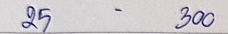
24 - 300